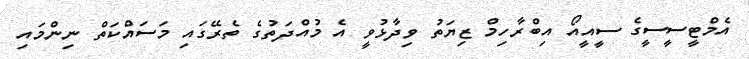
އެމްޓީސީސީގެ ސީއީއޯ އިބްރާހިމް ޒިޔަތު ވިދާޅުވީ އެ މުއްދަތުގެ ތެރޭގައި މަސައްކަތް ނިންމައި